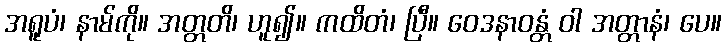
အရူပံ၊ နာမ်ကို။ အတ္တတိ၊ ဟူ၍။ ကထိတံ၊ ပြီ။ ဝေဒနာဝန္တံ ဝါ အတ္တာနံ၊ ပေ။